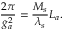
\frac { 2 \pi } { g _ { a } ^ { 2 } } = \frac { M _ { s } } { \lambda _ { s } } L _ { a } .